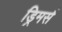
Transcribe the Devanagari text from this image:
ड्रिमर्स